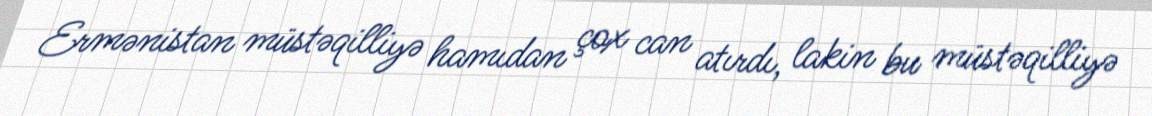
Ermənistan müstəqilliyə hamıdan çox can atırdı, lakin bu müstəqilliyə